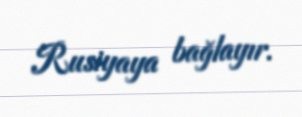
Rusiyaya bağlayır.